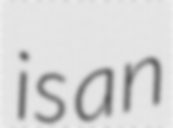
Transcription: is an